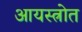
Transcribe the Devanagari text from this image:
आयस्त्रोत